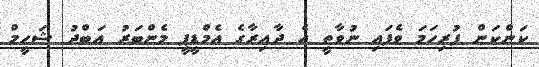
ކަންކަން ފުރިހަމަ ވެފައި ނުވާތީ އެ ދާއިރާގެ އެމްޑީޕީ މެންބަރު އަބްދު ޝަހީމް